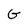
Character: G